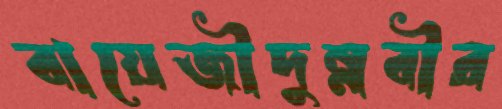
বায়েজীদুন্নবীর